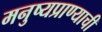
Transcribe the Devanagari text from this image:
मनुष्यप्राण्याची